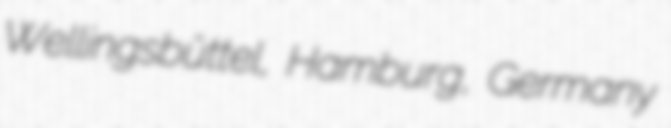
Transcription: Wellingsbüttel, Hamburg, Germany